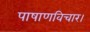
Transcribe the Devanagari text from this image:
पाषाणविचार।